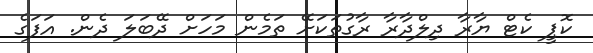
ކޮޕީ ކެޓް ޔާރާ ދިލްދާރާ ރާގުތަކަށޭ ތަމެން މަހަށް ދޭބަލަ ދެން. އަފަގެ